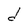
Character: d